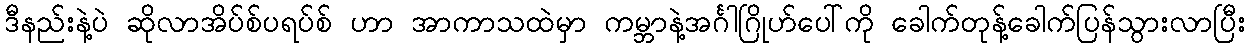
ဒီနည်းနဲ့ပဲ ဆိုလာအိပ်စ်ပရပ်စ် ဟာ အာကာသထဲမှာ ကမ္ဘာနဲ့အင်္ဂါဂြိုဟ်ပေါ်ကို ခေါက်တုန့်ခေါက်ပြန်သွားလာပြီး